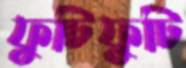
ফুটিফুটি